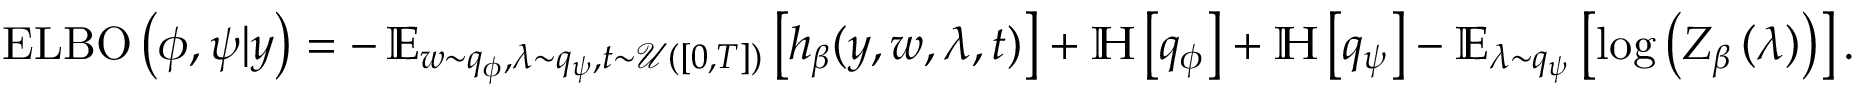
\begin{array} { r } { \operatorname { E L B O } \left( \phi , \psi \vert y \right) = - \operatorname { \mathbb { E } } _ { w \sim q _ { \phi } , \lambda \sim q _ { \psi } , t \sim \mathcal { U } ( [ 0 , T ] ) } \left[ h _ { \beta } ( y , w , \lambda , t ) \right] + \mathbb { H } \left[ q _ { \phi } \right] + \mathbb { H } \left[ q _ { \psi } \right] - \mathbb { E } _ { \lambda \sim q _ { \psi } } \left[ \log \left( Z _ { \beta } \left( \lambda \right) \right) \right] . } \end{array}